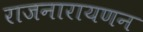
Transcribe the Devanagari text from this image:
राजनारायणन